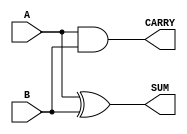
module HalfAdder (
    input wire A,        // First input bit
    input wire B,        // Second input bit
    output wire SUM,     // Sum output (A XOR B)
    output wire CARRY    // Carry output (A AND B)
);

    // Assigning SUM using XOR operation
    assign SUM = A ^ B;

    // Assigning CARRY using AND operation
    assign CARRY = A & B;

endmodule